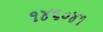
૧૪૬૦૪૧